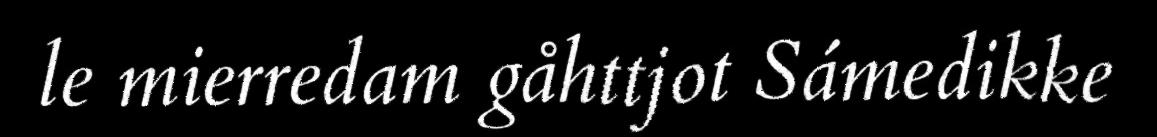
le mierredam gåhttjot Sámedikke